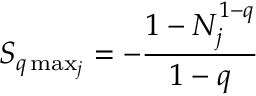
S _ { q \operatorname* { m a x } _ { j } } = - \frac { 1 - N _ { j } ^ { 1 - q } } { 1 - q }